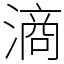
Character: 滳